Indian journal of veterinary science and animal husbandry - Volumes 24-25, 1954-1955
Year: 1954
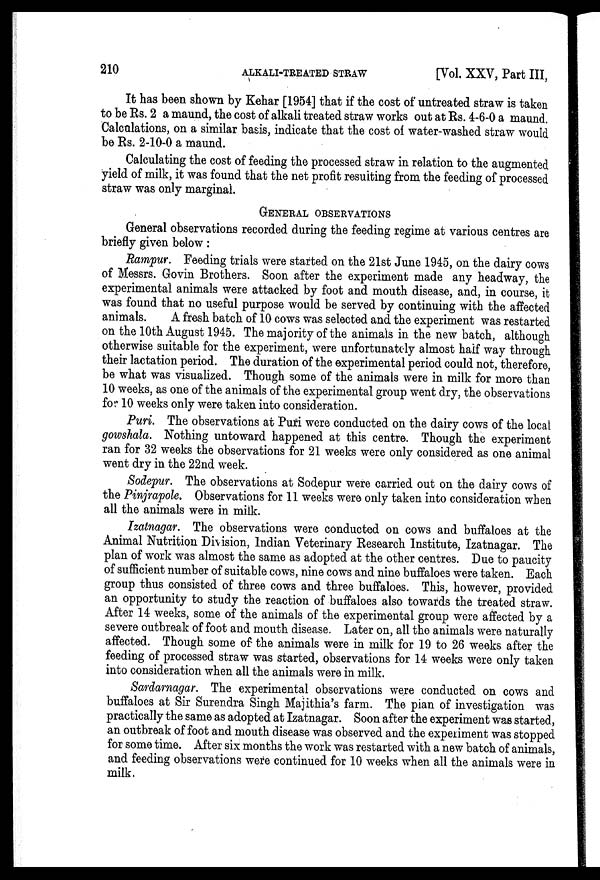
210
ALKALI-TREATED
STRAW
[Vol. XXV, Part III,
It has been shown by Kehar [1954] that if the cost of untreated straw is taken
to be Rs. 2 a maund, the cost of alkali treated straw works out at Rs. 4-6-0 a maund.
Calculations, on a similar basis, indicate that the cost of water-washed straw would
be Rs. 2-10-0 a maund.
Calculating the cost of feeding the processed straw in relation to the augmented
yield of milk, it was found that the net profit resulting from the feeding of processed
straw was only marginal.
GENERAL OBSERVATIONS General observations recorded during t
briefly given below:
Rampur. Feeding trials were started on the 21st June 1945, on the dairy cows
of Messrs. Govin Brothers. Soon after the experiment made any headway, the
experimental animals were attacked by foot and mouth disease, and, in course, it
was found that no useful purpose would be served by continuing with the affected
animals.
A fresh batch of 10 cows was selected and the experiment was restarted
on the 10th August 1945. The majority of the animals in the new batch, although
otherwise suitable for the experiment, were unfortunately almost half way through
their lactation period. The duration of the experimental period could not, therefore,
be what was visualized. Though some of the animals were in milk for more than
10 weeks, as one of the animals of the experimental group went dry, the observations
for 10 weeks only were taken into consideration.
Puri. The observations at Puri were conducted on the dairy cows of the local
gowshala. Nothing untoward happened at this centre. Though the experiment
ran for 32 weeks the observations for 21 weeks were only considered as one animal
went dry in the 22nd week.
Sodepur. The observations at Sodepur were carried out on the dairy cows of
the Pinjrapole. Observations for 11 weeks were only taken into consideration when
all the animals were in milk.
Izatnagar. The observations were conducted on cows and buffaloes at the
Animal Nutrition Division, Indian Veterinary Research Institute, Izatnagar. The
plan of work was almost the same as adopted at the other centres. Due to paucity
of sufficient number of suitable cows, nine cows and nine buffaloes were taken. Each
group thus consisted of three cows and three buffaloes. This, however, provided
an opportunity to study the reaction of buffaloes also towards the treated straw.
After 14 weeks, some of the animals of the experimental group were affected by a
severe outbreak of foot and mouth disease. Later on, all the animals were naturally
affected. Though some of the animals were in milk for 19 to 26 weeks after the
feeding of processed straw was started, observations for 14 weeks were only taken
into consideration when all the animals were in milk.
Sardarnagar. The experimental observations were conducted on cows and
buffaloes at Sir Surendra Singh Majithia's farm. The pian of investigation was
practically the same as adopted at Izatnagar. Soon after the experiment was started,
an outbreak of foot and mouth disease was observed and the experiment was stopped
for some time. After six months the work was restarted with a new batch of animals,
and feeding observations were continued for 10 weeks when all the animals were in
milk.